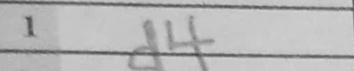
Transcription: d4